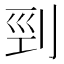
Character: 剄